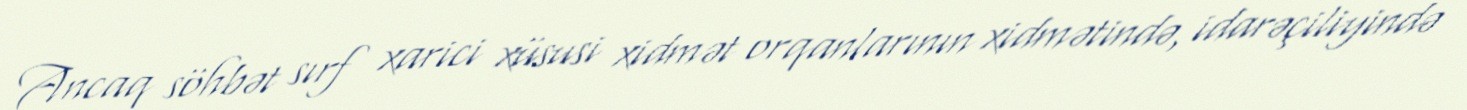
Ancaq söhbət sırf xarici xüsusi xidmət orqanlarının xidmətində, idarəçiliyində